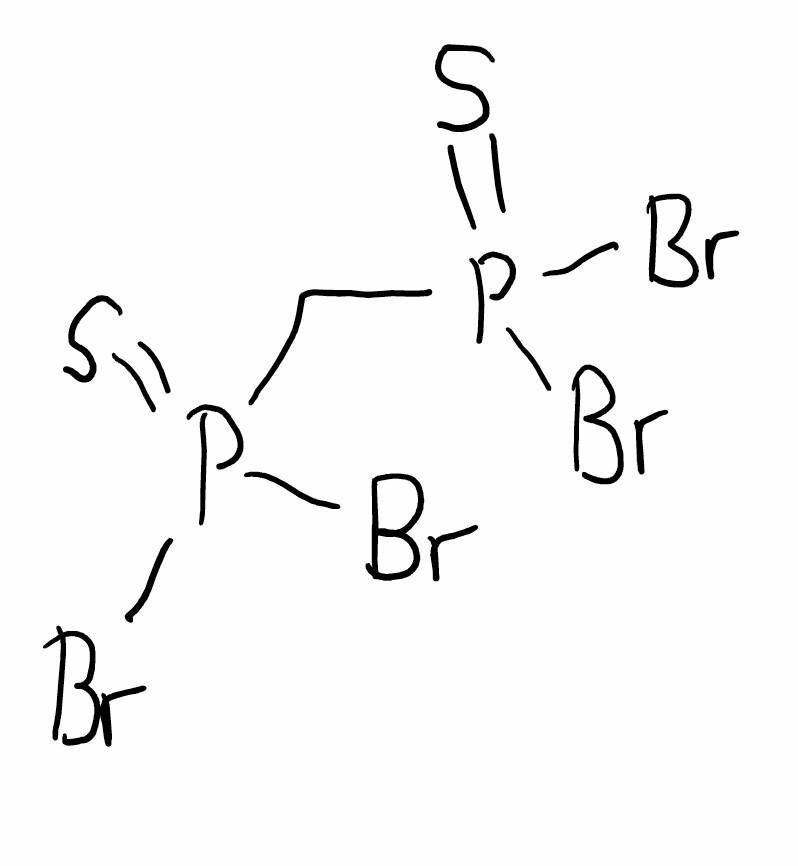
Simplified molecular-input line-entry system (SMILES) notation of the given molecule:
C(P(=S)(Br)Br)P(=S)(Br)Br